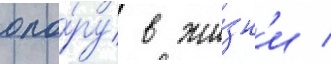
опо́ру в жи́зн'и /